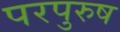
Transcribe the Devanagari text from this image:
परपुरुष